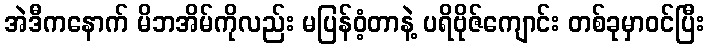
အဲဒီကနောက် မိဘအိမ်ကိုလည်း မပြန်ဝံ့တာနဲ့ ပရိဗိုဇ်ကျောင်း တစ်ခုမှာဝင်ပြီး